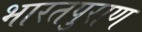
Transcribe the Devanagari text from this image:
भारतपुराण